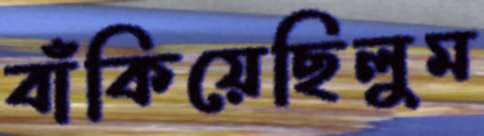
বাঁকিয়েছিলুম